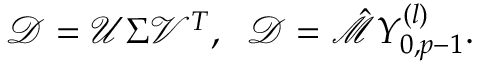
\begin{array} { r } { \mathcal { D } = \mathcal { U } \Sigma \mathcal { V } ^ { T } , \; \; \mathcal { D } = \hat { \mathcal { M } } Y _ { 0 , p - 1 } ^ { ( l ) } . } \end{array}